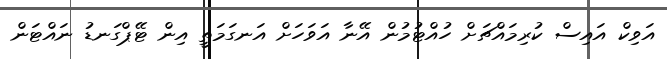
އަވިކް އައިސް ކުރިމައްޗަށް ހުއްޓުމުން އޭނާ އަވަހަށް އަނގަމަތީ އިން ޓޭޕްގަނޑު ނައްޓަން